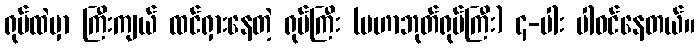
ရုပ်ထဲမှာ ကြီးကျယ် ထင်ရှားနေတဲ့ ရုပ်ကြီး (မဟာဘုတ်ရုပ်ကြီး) ၄-ပါး ပါဝင်နေတယ်။